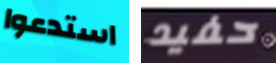
استدعوا حفيد